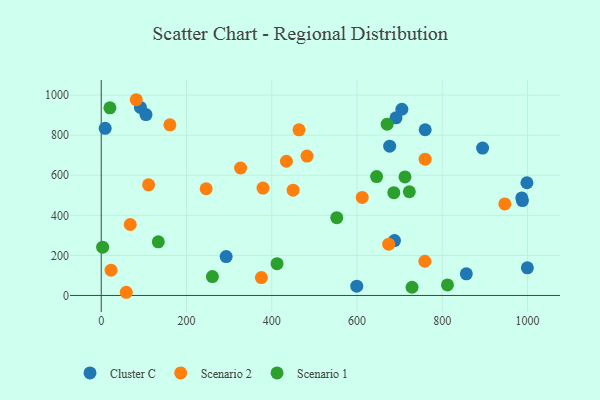
{"axis": {"x": "Study Hours", "y": "Rating"}, "legend": ["Cluster C", "Scenario 1", "Scenario 2"], "data": [{"x": "988.0", "y": 473.5, "type": "Cluster C"}, {"x": "9.3", "y": 834.1, "type": "Cluster C"}, {"x": "91.9", "y": 938.7, "type": "Cluster C"}, {"x": "691.4", "y": 886.5, "type": "Cluster C"}, {"x": "599.4", "y": 46.4, "type": "Cluster C"}, {"x": "676.6", "y": 745.1, "type": "Cluster C"}, {"x": "705.2", "y": 929.6, "type": "Cluster C"}, {"x": "293.1", "y": 193.9, "type": "Cluster C"}, {"x": "687.9", "y": 273.8, "type": "Cluster C"}, {"x": "894.5", "y": 735.9, "type": "Cluster C"}, {"x": "998.5", "y": 562.6, "type": "Cluster C"}, {"x": "999.6", "y": 137.9, "type": "Cluster C"}, {"x": "986.5", "y": 487.1, "type": "Cluster C"}, {"x": "856.4", "y": 108.0, "type": "Cluster C"}, {"x": "105.0", "y": 902.9, "type": "Cluster C"}, {"x": "759.9", "y": 827.1, "type": "Cluster C"}, {"x": "23.0", "y": 126.1, "type": "Scenario 2"}, {"x": "434.4", "y": 670.0, "type": "Scenario 2"}, {"x": "759.7", "y": 680.1, "type": "Scenario 2"}, {"x": "375.7", "y": 89.3, "type": "Scenario 2"}, {"x": "946.7", "y": 456.8, "type": "Scenario 2"}, {"x": "450.1", "y": 525.6, "type": "Scenario 2"}, {"x": "246.1", "y": 532.8, "type": "Scenario 2"}, {"x": "759.1", "y": 170.9, "type": "Scenario 2"}, {"x": "674.3", "y": 256.2, "type": "Scenario 2"}, {"x": "482.7", "y": 696.0, "type": "Scenario 2"}, {"x": "68.0", "y": 354.3, "type": "Scenario 2"}, {"x": "82.2", "y": 977.1, "type": "Scenario 2"}, {"x": "463.9", "y": 826.9, "type": "Scenario 2"}, {"x": "326.9", "y": 636.2, "type": "Scenario 2"}, {"x": "58.7", "y": 15.9, "type": "Scenario 2"}, {"x": "111.1", "y": 552.3, "type": "Scenario 2"}, {"x": "379.5", "y": 536.1, "type": "Scenario 2"}, {"x": "612.2", "y": 489.3, "type": "Scenario 2"}, {"x": "161.1", "y": 852.0, "type": "Scenario 2"}, {"x": "722.7", "y": 517.6, "type": "Scenario 1"}, {"x": "712.5", "y": 591.7, "type": "Scenario 1"}, {"x": "686.3", "y": 513.3, "type": "Scenario 1"}, {"x": "670.7", "y": 855.1, "type": "Scenario 1"}, {"x": "3.3", "y": 241.0, "type": "Scenario 1"}, {"x": "20.4", "y": 936.8, "type": "Scenario 1"}, {"x": "260.8", "y": 94.4, "type": "Scenario 1"}, {"x": "729.1", "y": 41.1, "type": "Scenario 1"}, {"x": "645.9", "y": 593.7, "type": "Scenario 1"}, {"x": "552.5", "y": 388.5, "type": "Scenario 1"}, {"x": "412.4", "y": 158.7, "type": "Scenario 1"}, {"x": "133.9", "y": 267.7, "type": "Scenario 1"}, {"x": "812.2", "y": 52.6, "type": "Scenario 1"}]}